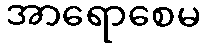
အာရောစေမ